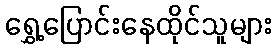
ရွှေ့ပြောင်းနေထိုင်သူများ